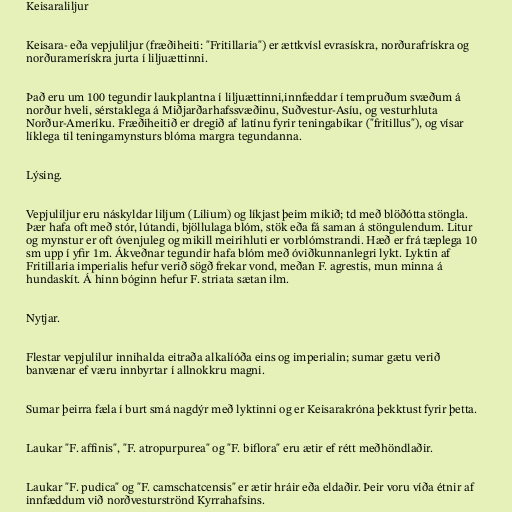
Keisaraliljur

Keisara- eða vepjuliljur (fræðiheiti: "Fritillaria") er ættkvísl evrasískra, norðurafrískra og
norðuramerískra jurta í liljuættinni.

Það eru um 100 tegundir laukplantna í liljuættinni,innfæddar í tempruðum svæðum á
norður hveli, sérstaklega á Miðjarðarhafssvæðinu, Suðvestur-Asíu, og vesturhluta
Norður-Ameríku. Fræðiheitið er dregið af latínu fyrir teningabikar ("fritillus"), og vísar
líklega til teningamynsturs blóma margra tegundanna.

Lýsing.

Vepjuliljur eru náskyldar liljum (Lilium) og líkjast þeim mikið; td með blöðótta stöngla.
Þær hafa oft með stór, lútandi, bjöllulaga blóm, stök eða fá saman á stöngulendum. Litur
og mynstur er oft óvenjuleg og mikill meirihluti er vorblómstrandi. Hæð er frá tæplega 10
sm upp í yfir 1m. Ákveðnar tegundir hafa blóm með óviðkunnanlegri lykt. Lyktin af
Fritillaria imperialis hefur verið sögð frekar vond, meðan F. agrestis, mun minna á
hundaskít. Á hinn bóginn hefur F. striata sætan ilm.

Nytjar.

Flestar vepjulilur innihalda eitraða alkalíóða eins og imperialin; sumar gætu verið
banvænar ef væru innbyrtar í allnokkru magni.

Sumar þeirra fæla í burt smá nagdýr með lyktinni og er Keisarakróna þekktust fyrir þetta.

Laukar "F. affinis", "F. atropurpurea" og "F. biflora" eru ætir ef rétt meðhöndlaðir.

Laukar "F. pudica" og "F. camschatcensis" er ætir hráir eða eldaðir. Þeir voru víða étnir af
innfæddum við norðvesturströnd Kyrrahafsins.